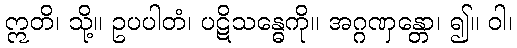
ဣတိ၊ သို့။ ဥပပါတံ၊ ပဋိသန္ဓေကို။ အဂ္ဂဏှန္တော၊ ၍။ ဝါ၊